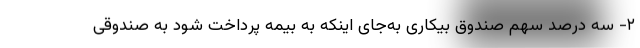
۲- سه درصد سهم صندوق بیکاری به‌جای اینکه به بیمه پرداخت شود به صندوقی